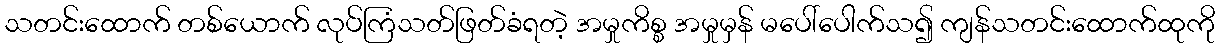
သတင်းထောက် တစ်ယောက် လုပ်ကြံသတ်ဖြတ်ခံရတဲ့ အမှုကိစ္စ အမှုမှန် မပေါ်ပေါက်သ၍ ကျန်သတင်းထောက်ထုကို